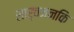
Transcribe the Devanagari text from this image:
सार्वजनकि